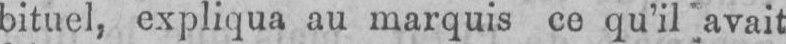
bituel, expliqua au marquis ce qu’il ’avait